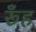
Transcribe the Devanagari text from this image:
रूँह